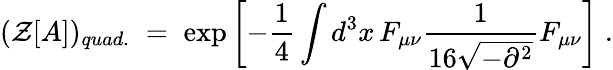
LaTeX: ({\mathcal Z}[A])_{quad.}\; =\; \exp\left[-\frac{1}{4}\int d^{3}x\, F_{\mu\nu}\frac{1}{16\sqrt{-\partial^{2}}}F_{\mu\nu}\right]\; .